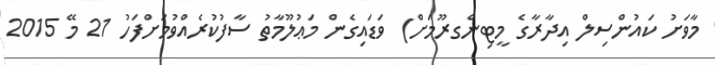
މާވަށު ކައުންސިލް އިދާރާގެ މީޓިންގރޫމަށް) ވަޑައިގެން މަޢުލޫމާތު ސާފުކުރެއްވުމަށްފަހު 21 މޭ 2015